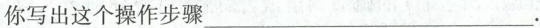
你写出这个操作步骤___.